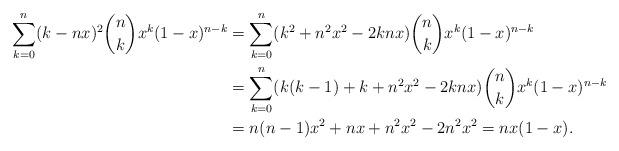
LaTeX: \begin{align*}\sum_{k=0}^n (k - nx)^2 \binom{n}{k} x^k (1 - x)^{n-k} & = \sum_{k=0}^n (k^2 + n^2 x^2 - 2knx) \binom{n}{k} x^k (1 - x)^{n-k} \\& = \sum_{k=0}^n (k(k-1) + k + n^2 x^2 - 2knx) \binom{n}{k} x^k (1 - x)^{n-k} \\& = n(n-1)x^2 + nx + n^2 x^2 - 2n^2x^2 = n x (1-x).\end{align*}